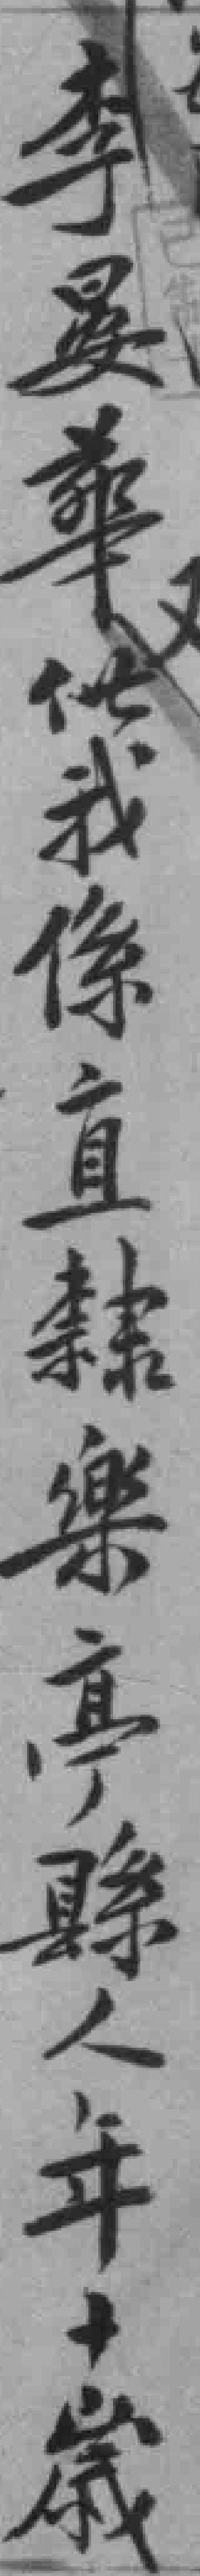
李晏華供我係直隸樂𠅘縣人年十歲